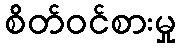
စိတ်ဝင်စားမှု